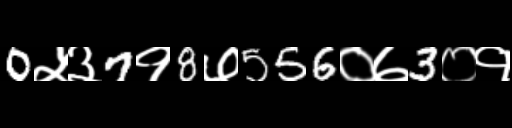
Text: 0५३7१8७556०७3०१